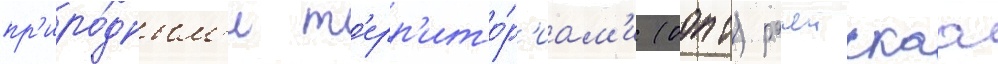
пр'иро́дным'и т'ерр'ито́р'иам'и (оопт) рачеискаа